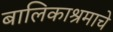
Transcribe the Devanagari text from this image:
बालिकाश्रमाचे